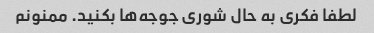
لطفا فکری به حال شوری جوجه‌ها بکنید. ممنونم